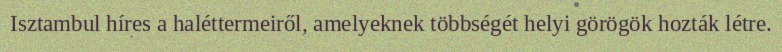
Isztambul híres a haléttermeiről, amelyeknek többségét helyi görögök hozták létre.